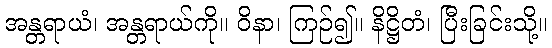
အန္တရာယံ၊ အန္တရာယ်ကို။ ဝိနာ၊ ကြဉ်၍။ နိဋ္ဌိတံ၊ ပြီးခြင်းသို့။